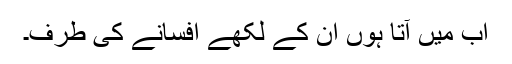
اب میں آتا ہوں ان کے لکھے افسانے کی طرف۔